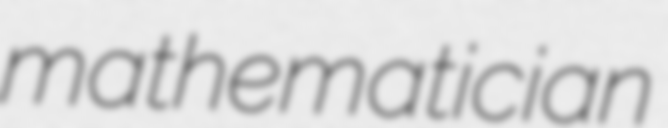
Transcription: mathematician